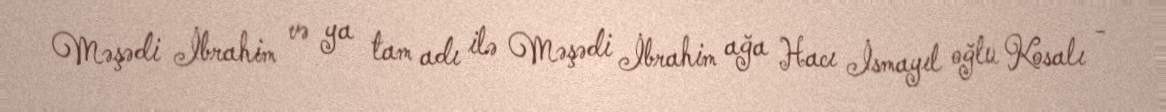
Məşədi İbrahim və ya tam adı ilə Məşədi İbrahim ağa Hacı İsmayıl oğlu Kosalı -